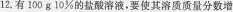
12.有100g10%的盐酸溶液，要使其溶质质量分数增